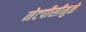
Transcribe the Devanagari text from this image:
नेटपीसीमुळे